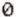
0